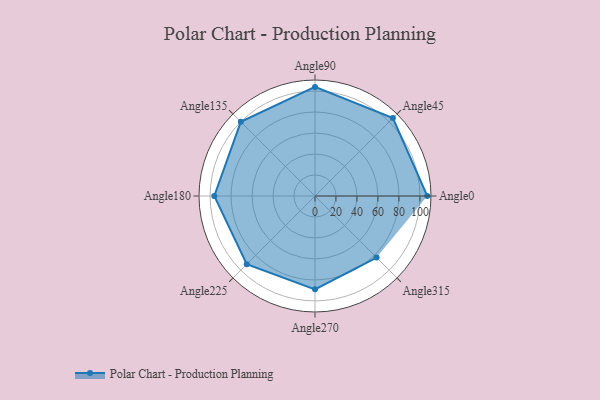
{"axis": {"x": "Angle", "y": "Radius"}, "legend": [""], "data": [{"x": "Angle0", "y": 107.0, "type": ""}, {"x": "Angle45", "y": 105.0, "type": ""}, {"x": "Angle90", "y": 104.0, "type": ""}, {"x": "Angle135", "y": 100.0, "type": ""}, {"x": "Angle180", "y": 96.0, "type": ""}, {"x": "Angle225", "y": 92.0, "type": ""}, {"x": "Angle270", "y": 89.0, "type": ""}, {"x": "Angle315", "y": 83.0, "type": ""}]}